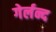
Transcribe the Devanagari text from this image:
गेर्लन्द